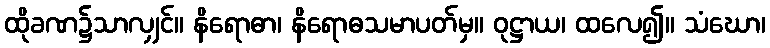
ထိုခဏ၌သာလျှင်။ နိရောဓာ၊ နိရောဓသမာပတ်မှ။ ဝုဋ္ဌာယ၊ ထလေ၍။ သံဃော၊